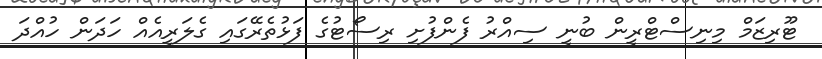
ޓޫރިޒަމް މިނިސްޓްރީން ބުނީ ސިއްރު ފެންފުށި ރިސޯޓުގެ ފަޅުތެރޭގައި ގެލަރީއެއް ހަދަން ހުއްދަ